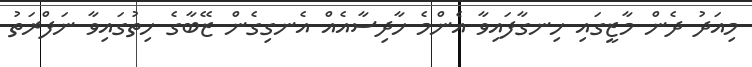
މިއަދު ދެން މާޒީގައި ހިނގާފައިވާ އެންމެ ހާދިސާއެއް އެނގިގެން ޒޭބާގެ ހިތުގައިވާ ނަފްރަތު